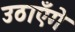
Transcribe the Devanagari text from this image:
उठाएँगे